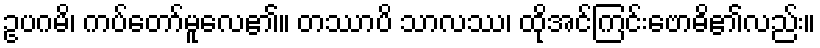
ဥပဂမိ၊ ကပ်တော်မူလေ၏။ တဿာပိ သာလဿ၊ ထိုအင်ကြင်းဗောဓိ၏လည်း။